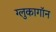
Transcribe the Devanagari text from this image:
ग्लुकागॉन